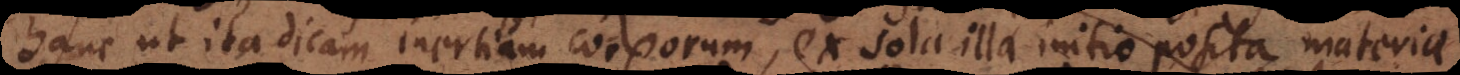
hanc ut ita dicam inertiam corporum, ex sola illa initio posita materiae